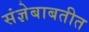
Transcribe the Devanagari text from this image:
संज्ञेबाबतीत